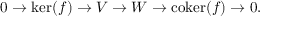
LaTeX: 0 \to \ker ( f ) \to V \to W \to \operatorname { c o k e r } ( f ) \to 0 .